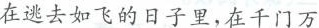
在逃去如飞的日子里，在千门万